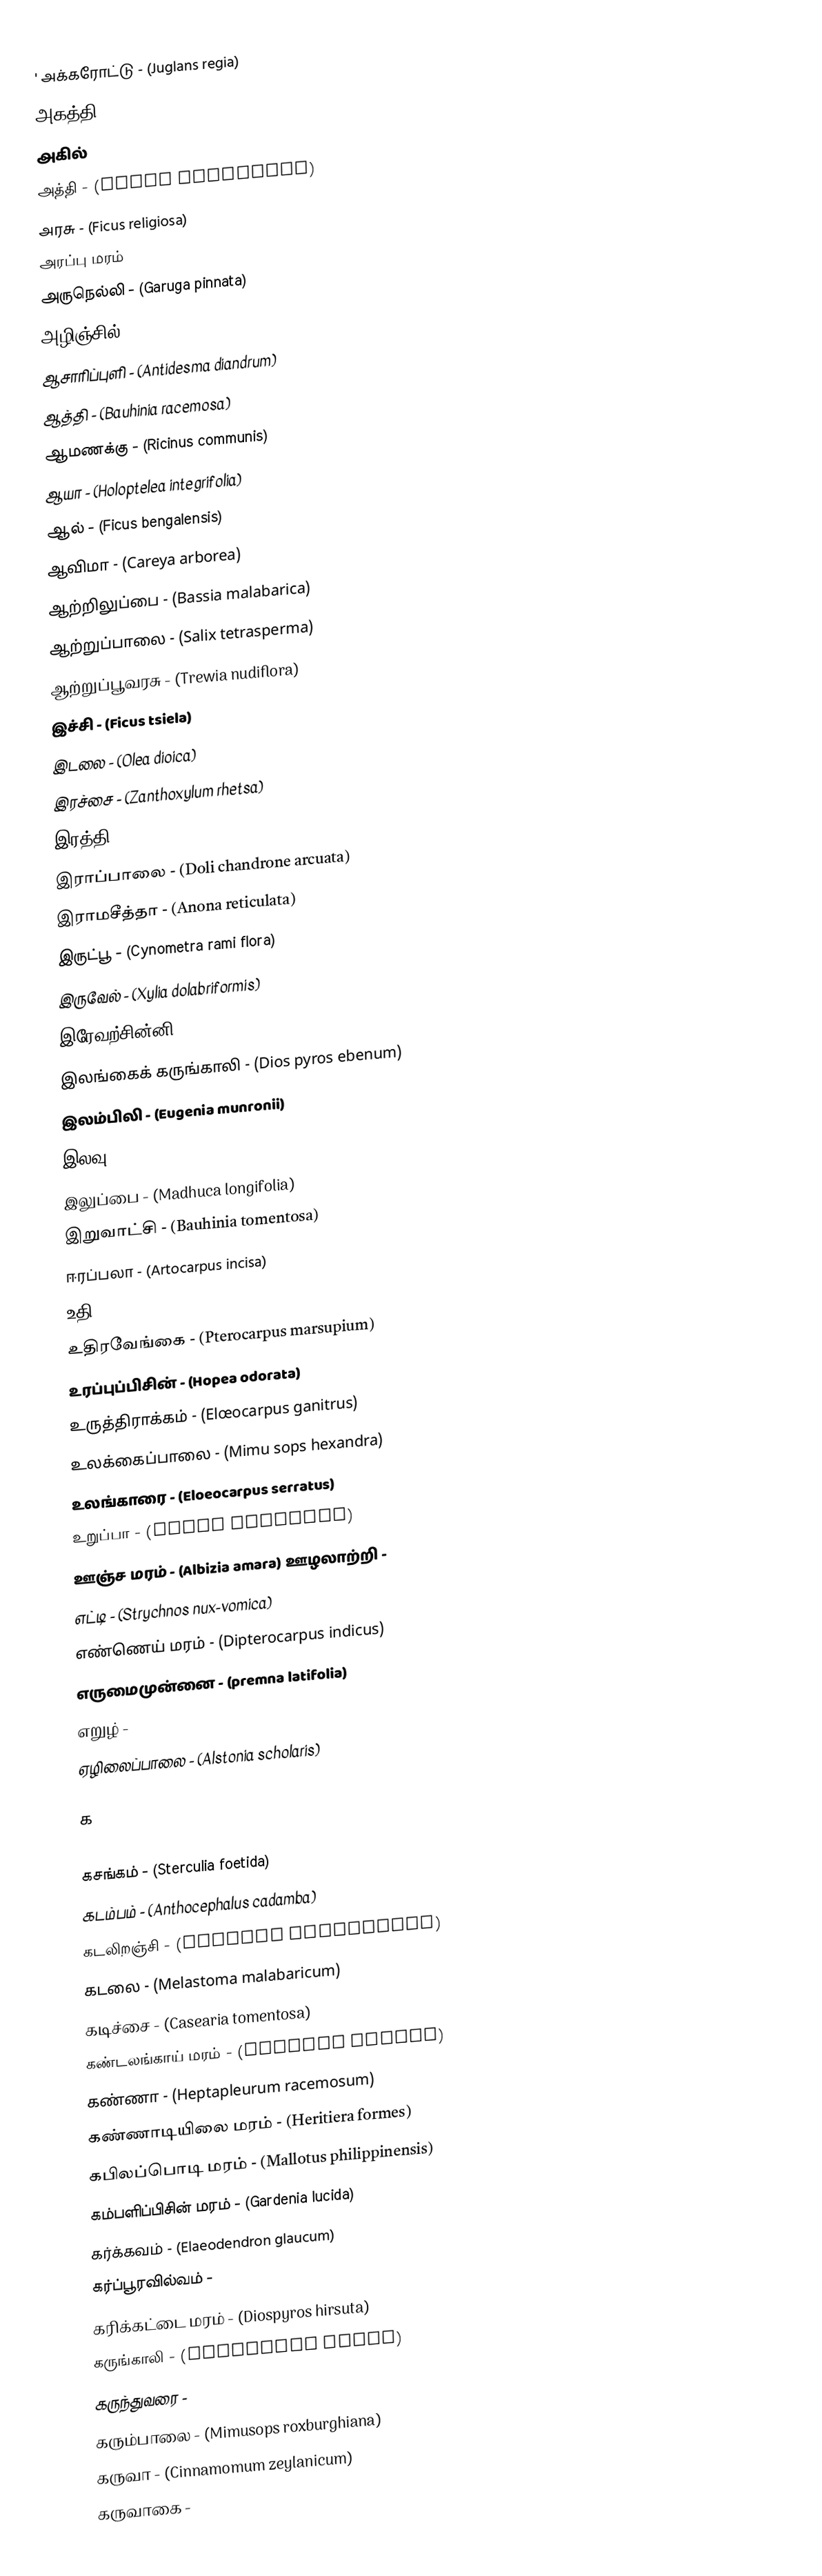
' அக்கரோட்டு -  (Juglans regia)
 அகத்தி - (Sesbania grandiflora)
 அகில்
 அத்தி - (Ficus glomerata)
 அரசு - (Ficus religiosa)
 அரப்பு மரம்
 அருநெல்லி - (Garuga pinnata)
 அழிஞ்சில் - (Alangium lamarckii)
 ஆசாரிப்புளி - (Antidesma diandrum)
 ஆத்தி - (Bauhinia racemosa)
 ஆமணக்கு - (Ricinus communis)
 ஆயா - (Holoptelea integrifolia)
 ஆல் - (Ficus bengalensis)
 ஆவிமா - (Careya arborea)
 ஆற்றிலுப்பை - (Bassia malabarica)
 ஆற்றுப்பாலை - (Salix tetrasperma)
 ஆற்றுப்பூவரசு - (Trewia nudiflora)
 இச்சி - (Ficus tsiela)
 இடலை - (Olea dioica)
 இரச்சை - (Zanthoxylum rhetsa)
 இரத்தி - (Ficus gibbosa tuberculata)
 இராப்பாலை - (Doli chandrone arcuata)
 இராமசீத்தா - (Anona reticulata)
 இருட்பூ - (Cynometra rami flora)
 இருவேல் - (Xylia dolabriformis)
 இரேவற்சின்னி - (Garcinia morella)
 இலங்கைக் கருங்காலி - (Dios pyros ebenum)
 இலம்பிலி - (Eugenia munronii)
 இலவு - (Bombax malabaricum)
 இலுப்பை - (Madhuca longifolia)
 இறுவாட்சி - (Bauhinia tomentosa)
 ஈரப்பலா - (Artocarpus incisa)
 உதி - (Dolichandrone falcata)
 உதிரவேங்கை - (Pterocarpus marsupium)
 உரப்புப்பிசின் - (Hopea odorata)
 உருத்திராக்கம் - (Elœocarpus ganitrus)
 உலக்கைப்பாலை - (Mimu sops hexandra)
 உலங்காரை - (Eloeocarpus serratus)
 உறுப்பா - (Hopea decandra)
 ஊஞ்ச மரம் - (Albizia amara) ஊழலாற்றி -
 எட்டி - (Strychnos nux-vomica)
 எண்ணெய் மரம் - (Dipterocarpus indicus)
 எருமைமுன்னை - (premna latifolia)
 எறுழ் -
 ஏழிலைப்பாலை - (Alstonia scholaris)

க

 கசங்கம் - (Sterculia foetida)
 கடம்பம் - (Anthocephalus cadamba)
 கடலிறஞ்சி - (Ximenia russeliana)
 கடலை - (Melastoma malabaricum)
 கடிச்சை - (Casearia tomentosa)
 கண்டலங்காய் மரம் - (Carappa obvata)
 கண்ணா - (Heptapleurum racemosum)
 கண்ணாடியிலை மரம் - (Heritiera formes)
 கபிலப்பொடி மரம் - (Mallotus philippinensis)
 கம்பளிப்பிசின் மரம் - (Gardenia lucida)
 கர்க்கவம் - (Elaeodendron glaucum)
 கர்ப்பூரவில்வம் -
 கரிக்கட்டை மரம் - (Diospyros hirsuta)
 கருங்காலி - (Diospyros tupru)
 கருந்துவரை -
 கரும்பாலை - (Mimusops roxburghiana)
 கருவா - (Cinnamomum zeylanicum)
 கருவாகை -